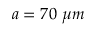
a = 7 0 ~ \mu m